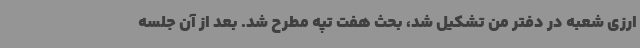
ارزی شعبه در دفتر من تشکیل شد، بحث هفت تپه مطرح شد. بعد از آن جلسه